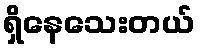
ရှိနေသေးတယ်